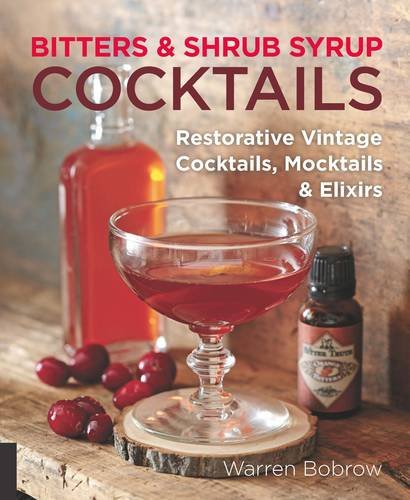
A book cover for Bitters and Shrub Syrup Cocktails: Restorative Vintage Cocktails, Mocktails, and Elixirs; Warren Bobrow; Cookbooks, Food & Wine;